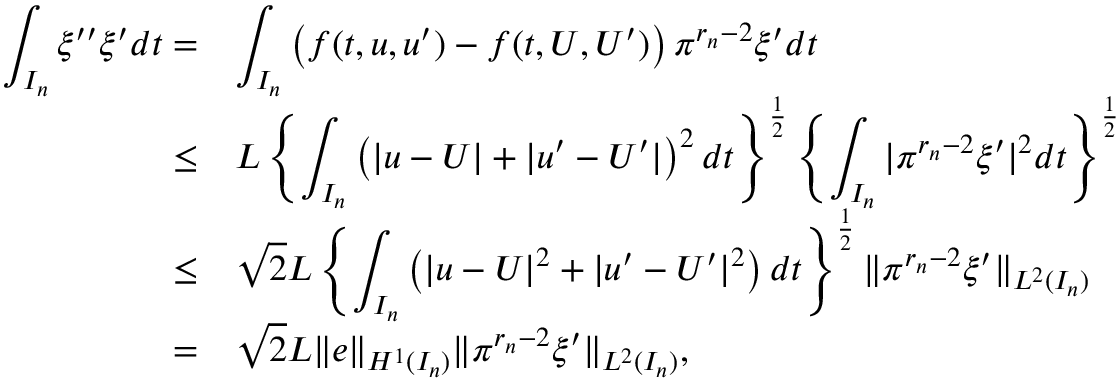
\begin{array} { r l } { \displaystyle \int _ { I _ { n } } \xi ^ { \prime \prime } \xi ^ { \prime } d t = } & { \displaystyle \int _ { I _ { n } } \left( f ( t , u , u ^ { \prime } ) - f ( t , U , U ^ { \prime } ) \right) \pi ^ { r _ { n } - 2 } \xi ^ { \prime } d t } \\ { \le } & { L \left\{ \displaystyle \int _ { I _ { n } } \left( | u - U | + | u ^ { \prime } - U ^ { \prime } | \right) ^ { 2 } d t \right\} ^ { \frac { 1 } { 2 } } \left\{ \displaystyle \int _ { I _ { n } } | \pi ^ { r _ { n } - 2 } \xi ^ { \prime } | ^ { 2 } d t \right\} ^ { \frac { 1 } { 2 } } } \\ { \leq } & { \sqrt { 2 } L \left\{ \displaystyle \int _ { I _ { n } } \left( | u - U | ^ { 2 } + | u ^ { \prime } - U ^ { \prime } | ^ { 2 } \right) d t \right\} ^ { \frac { 1 } { 2 } } \| \pi ^ { r _ { n } - 2 } \xi ^ { \prime } \| _ { L ^ { 2 } ( I _ { n } ) } } \\ { = } & { \sqrt { 2 } L \| e \| _ { H ^ { 1 } ( I _ { n } ) } \| \pi ^ { r _ { n } - 2 } \xi ^ { \prime } \| _ { L ^ { 2 } ( I _ { n } ) } , } \end{array}